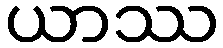
ယာဿ